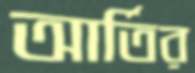
আর্তির